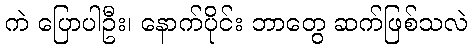
ကဲ ပြောပါဦး၊ နောက်ပိုင်း ဘာတွေ ဆက်ဖြစ်သလဲ